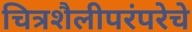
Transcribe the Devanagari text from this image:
चित्रशैलीपरंपरेचे